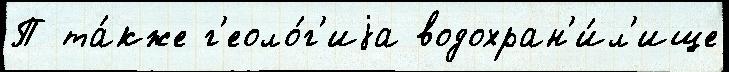
П та́кже г'еоло́г'иjа водохран'и́л'ище